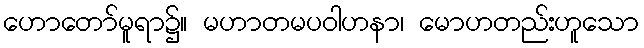
ဟောတော်မူရာ၌။ မဟာတမပဝါဟနာ၊ မောဟတည်းဟူသော